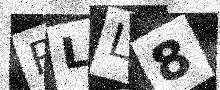
Text: RLL8